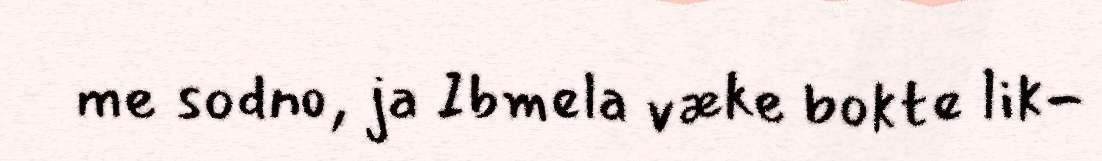
me sodno, ja Ibmela væke bokte lik-